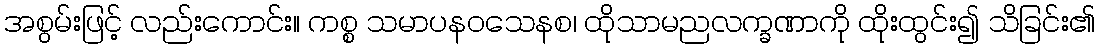
အစွမ်းဖြင့် လည်းကောင်း။ ကစ္စ သမာပနဝသေနစ၊ ထိုသာမညလက္ခဏာကို ထိုးထွင်း၍ သိခြင်း၏